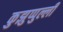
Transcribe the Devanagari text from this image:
कुझुप्पुल्ली